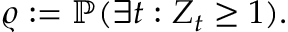
\varrho : = \mathbb { P } ( \exists t : Z _ { t } \geq 1 ) .